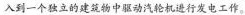
入到一个独立的建筑物中驱动汽轮机进行发电工作。